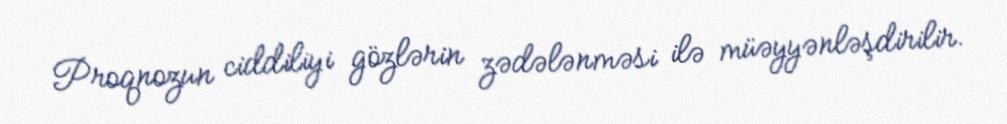
Proqnozun ciddiliyi gözlərin zədələnməsi ilə müəyyənləşdirilir.